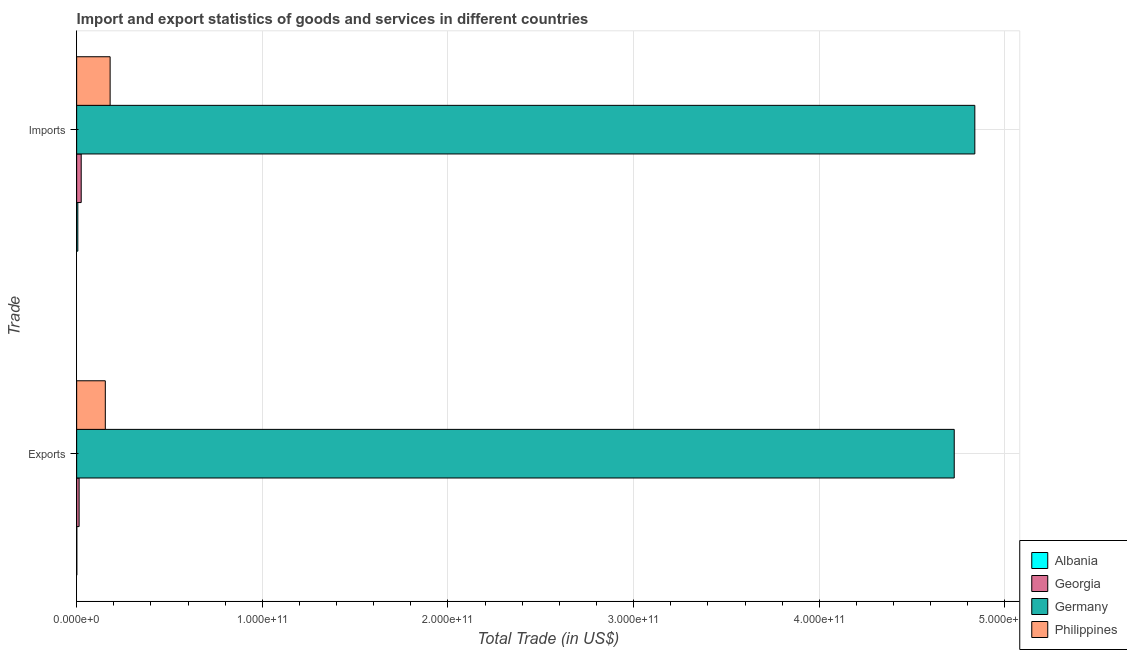
| Trade | Albania | Georgia | Germany | Philippines |
 | --- | --- | --- | --- | --- |
 | Exports | 8.15e+07 | 1.32e+09 | 4.73e+11 | 1.54e+10 |
 | Imports | 6.28e+08 | 2.45e+09 | 4.84e+11 | 1.8e+10 |